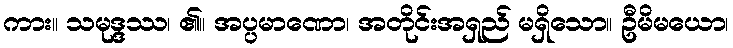
ကား။ သမုဒ္ဒဿ၊ ၏။ အပ္ပမာဏော၊ အတိုင်းအရှည် မရှိသော။ ဦမိမယော၊